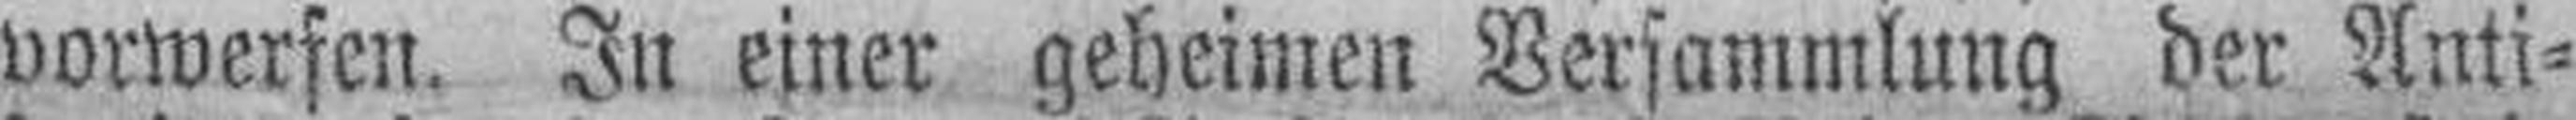
vorwerfen. In einer geheimen Versammlung der Anti¬